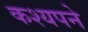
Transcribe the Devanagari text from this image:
कश्यपने